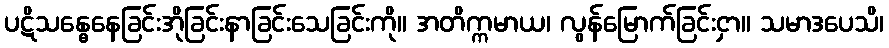
ပဋိသန္ဓေနေခြင်းအိုခြင်းနာခြင်းသေခြင်းကို။ အတိက္ကမာယ၊ လွန်မြောက်ခြင်းငှာ။ သမာဒပေသိ၊